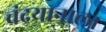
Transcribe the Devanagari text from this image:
चंद्रयानाला